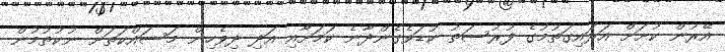
އޭރުން ކުށަށް އަރައިގަތުމުގެ ފުރުސަތު ކުޑަވެގެންދާނެ ކަމަށާއި އަދި ދިވެހިން މަސައްކަތަށް ނުކުތުމުން